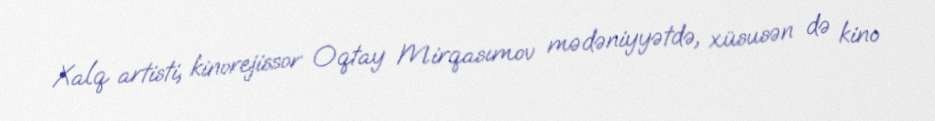
Xalq artisti, kinorejissor Oqtay Mirqasımov mədəniyyətdə, xüsusən də kino